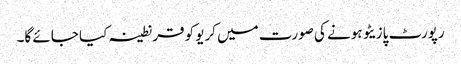
رپورٹ پازیٹو ہونے کی صورت میں کریو کو قرنطینہ کیا جائے گا۔